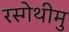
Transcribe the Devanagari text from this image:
रस्गेथीमु